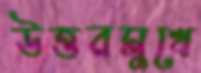
উত্তরমুখে